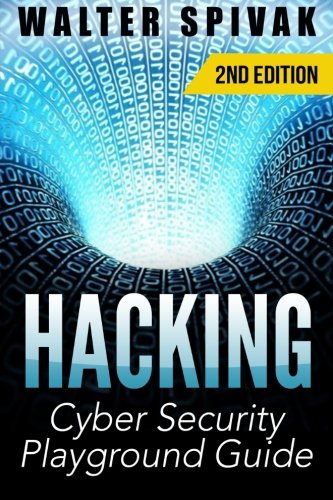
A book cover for Hacking: Viruses and Malware, Hacking an Email Address and Facebook page, and more! Cyber Security Playground Guide; Walter Spivak; Computers & Technology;